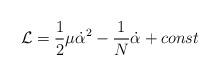
LaTeX: \begin{align*}{\cal L}=\frac {1}{2}\mu \dot\alpha^2-\frac {1}{N} \dot\alpha+const\end{align*}